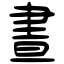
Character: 晝